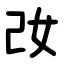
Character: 妀